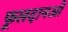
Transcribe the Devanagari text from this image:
फूलदानओं